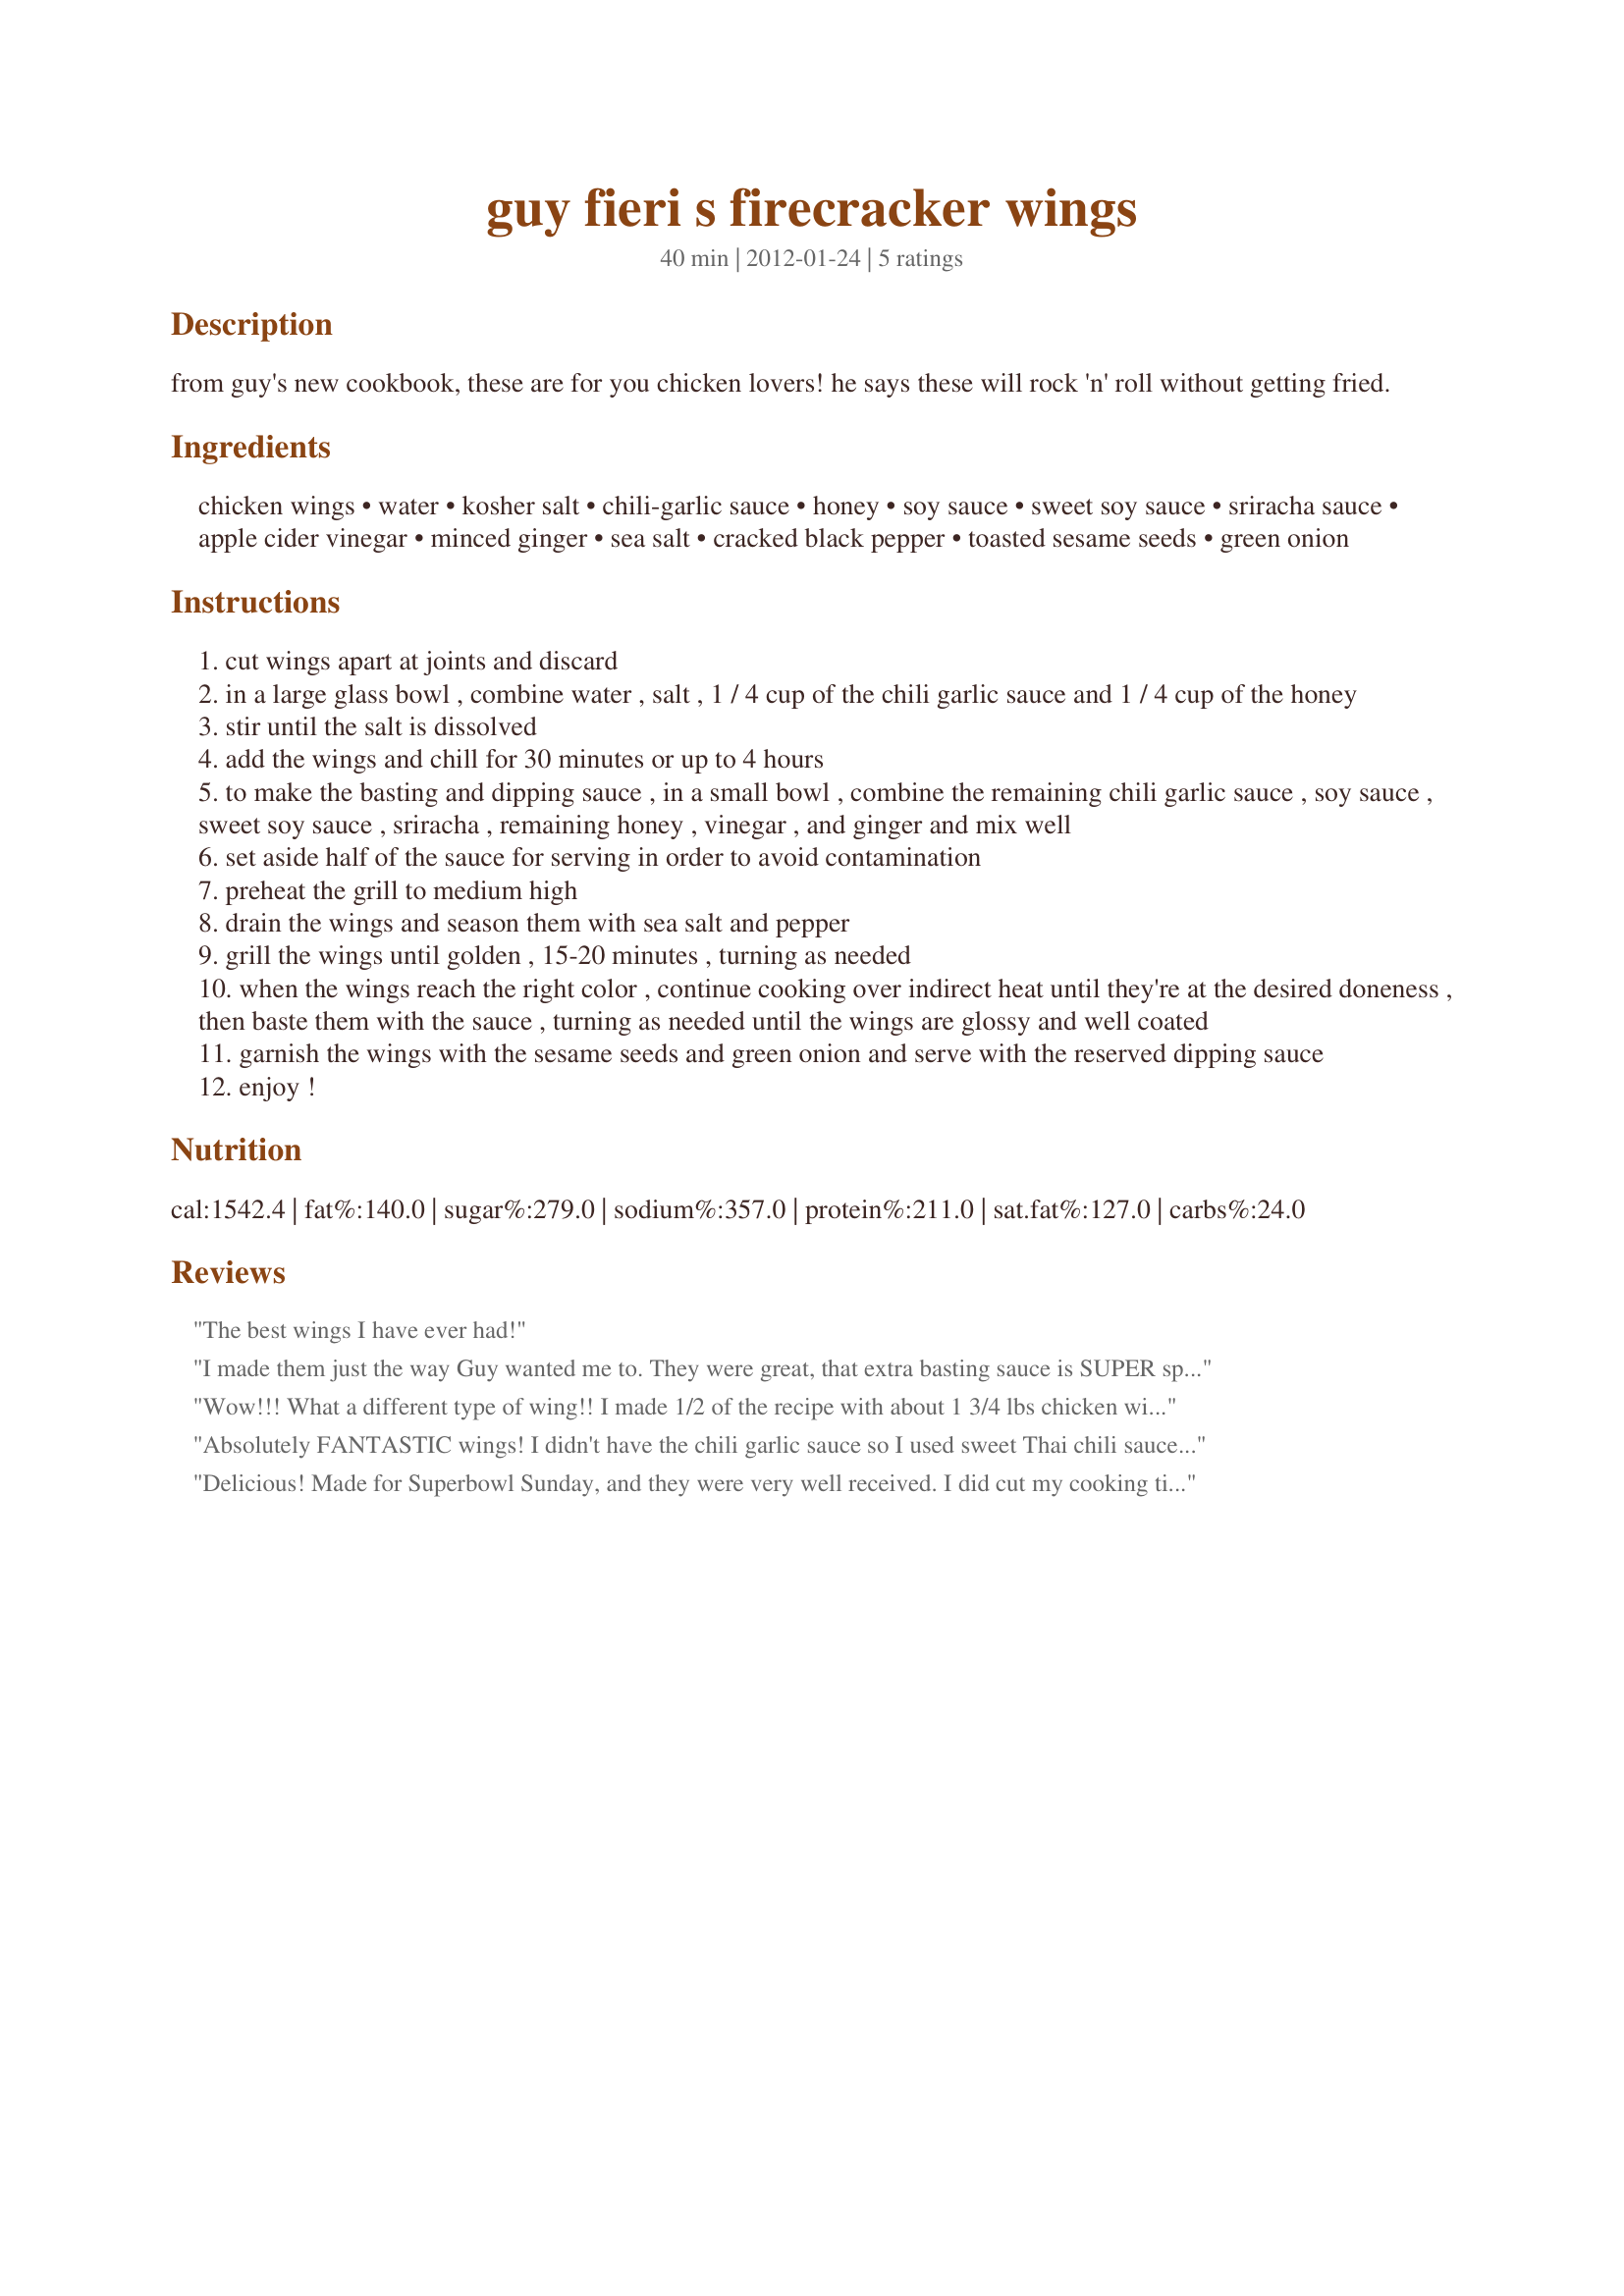
guy fieri s firecracker wings
Preparation time: 40 minutes

from guy's new cookbook, these are for you chicken lovers! he says these will rock 'n' roll without getting fried.

Ingredients:
chicken wings, water, kosher salt, chili-garlic sauce, honey, soy sauce, sweet soy sauce, sriracha sauce, apple cider vinegar, minced ginger, sea salt, cracked black pepper, toasted sesame seeds, green onion

Steps:
cut wings apart at joints and discard
in a large glass bowl , combine water , salt , 1 / 4 cup of the chili garlic sauce and 1 / 4 cup of the honey
stir until the salt is dissolved
add the wings and chill for 30 minutes or up to 4 hours
to make the basting and dipping sauce , in a small bowl , combine the remaining chili garlic sauce , soy sauce , sweet soy sauce , sriracha , remaining honey , vinegar , and ginger and mix well
set aside half of the sauce for serving in order to avoid contamination
preheat the grill to medium high
drain the wings and season them with sea salt and pepper
grill the wings until golden , 15-20 minutes , turning as needed
when the wings reach the right color , continue cooking over indirect heat until they're at the desired doneness , then baste them with the sauce , turning as needed until the wings are glossy and well coated
garnish the wings with the sesame seeds and green onion and serve with the reserved dipping sauce
enjoy !

Reviews:
The best wings I have ever had!
I made them just the way Guy wanted me to. They were great, that extra basting sauce is SUPER spicy if you dip in it! My guests thought they were excellent and requested the recipe!
Wow!!! What a different type of wing!! I made 1/2 of the recipe with about 1 3/4 lbs chicken wings. DH and I enjoyed them for lunch with some potato salad. These are on the sweet and pretty spicy side!!! I made it with the chili garlic sauce and all the other ingredients, but had to make my own sweet soy sauce, which I found a couple of recipes as substitutes ( 3 parts soy sauce to one part brown sugar). I cooked mine on the gas grill over indirect heat and at the end basted the wings as instructed and it worked out great. I didn't bother topping them with the toasted sesame seeds or green onions since it was just the 2 of us. DH went back for seconds, but I am a wimp when it comes to spicy, so I just had 4 wings, and that was enough to get my mouth feeling like it was on fire lol!! Thanks for sharing the recipe Sharon. Made for PRMR Tag game.
Absolutely FANTASTIC wings! I didn't have the chili garlic sauce so I used sweet Thai chili sauce. I have to admit that I didn't really watch the time, but I baked these on a baking sheet in the oven at 400F for about 15 minutes per side and then turned on the broiler to add some colour. Doing it this way, I just tossed the wings in all of the sauce and didn't baste. Loved the level of heat and simplicity of these wings. I will make these again for sure. And again. And... again! Made for PRMR tag game. Thanks Sharon123! :)
Delicious! Made for Superbowl Sunday, and they were very well received. I did cut my cooking time on the grill down a bit....mine must have been hotter. The sauce/baste is wonderful....be sure to save some un-contaminated basing sauce. It's delicious! Made for Best of 2012 Tag game. Thanks for sharing!
